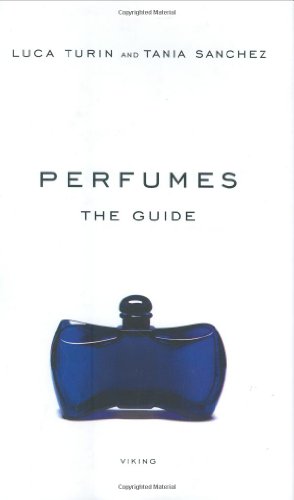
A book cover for Perfumes: The Guide; Luca Turin; Reference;